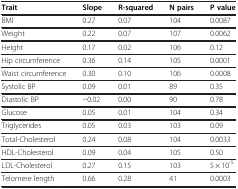
<table><thead><tr><td><b>Trait</b></td><td><b>Slope</b></td><td><b>R-squared</b></td><td><b>N pairs</b></td><td><b>P value</b></td></tr></thead><tbody><tr><td>BMI</td><td>0.27</td><td>0.07</td><td>104</td><td>0.0087</td></tr><tr><td>Weight</td><td>0.22</td><td>0.07</td><td>107</td><td>0.0062</td></tr><tr><td>Height</td><td>0.17</td><td>0.02</td><td>106</td><td>0.12</td></tr><tr><td>Hip circumference</td><td>0.36</td><td>0.14</td><td>105</td><td>0.0001</td></tr><tr><td>Waist circumference</td><td>0.30</td><td>0.10</td><td>106</td><td>0.0008</td></tr><tr><td>Systolic BP</td><td>0.09</td><td>0.01</td><td>89</td><td>0.35</td></tr><tr><td>Diastolic BP</td><td>−0.02</td><td>0.00</td><td>90</td><td>0.78</td></tr><tr><td>Glucose</td><td>0.05</td><td>0.01</td><td>104</td><td>0.34</td></tr><tr><td>Triglycerides</td><td>0.05</td><td>0.03</td><td>103</td><td>0.09</td></tr><tr><td>Total-Cholesterol</td><td>0.24</td><td>0.08</td><td>104</td><td>0.0033</td></tr><tr><td>HDL-Cholesterol</td><td>0.09</td><td>0.04</td><td>105</td><td>0.50</td></tr><tr><td>LDL-Cholesterol</td><td>0.27</td><td>0.15</td><td>103</td><td>5 × 10<sup>-5</sup></td></tr><tr><td>Telomere length</td><td>0.66</td><td>0.28</td><td>41</td><td>0.0003</td></tr></tbody></table>